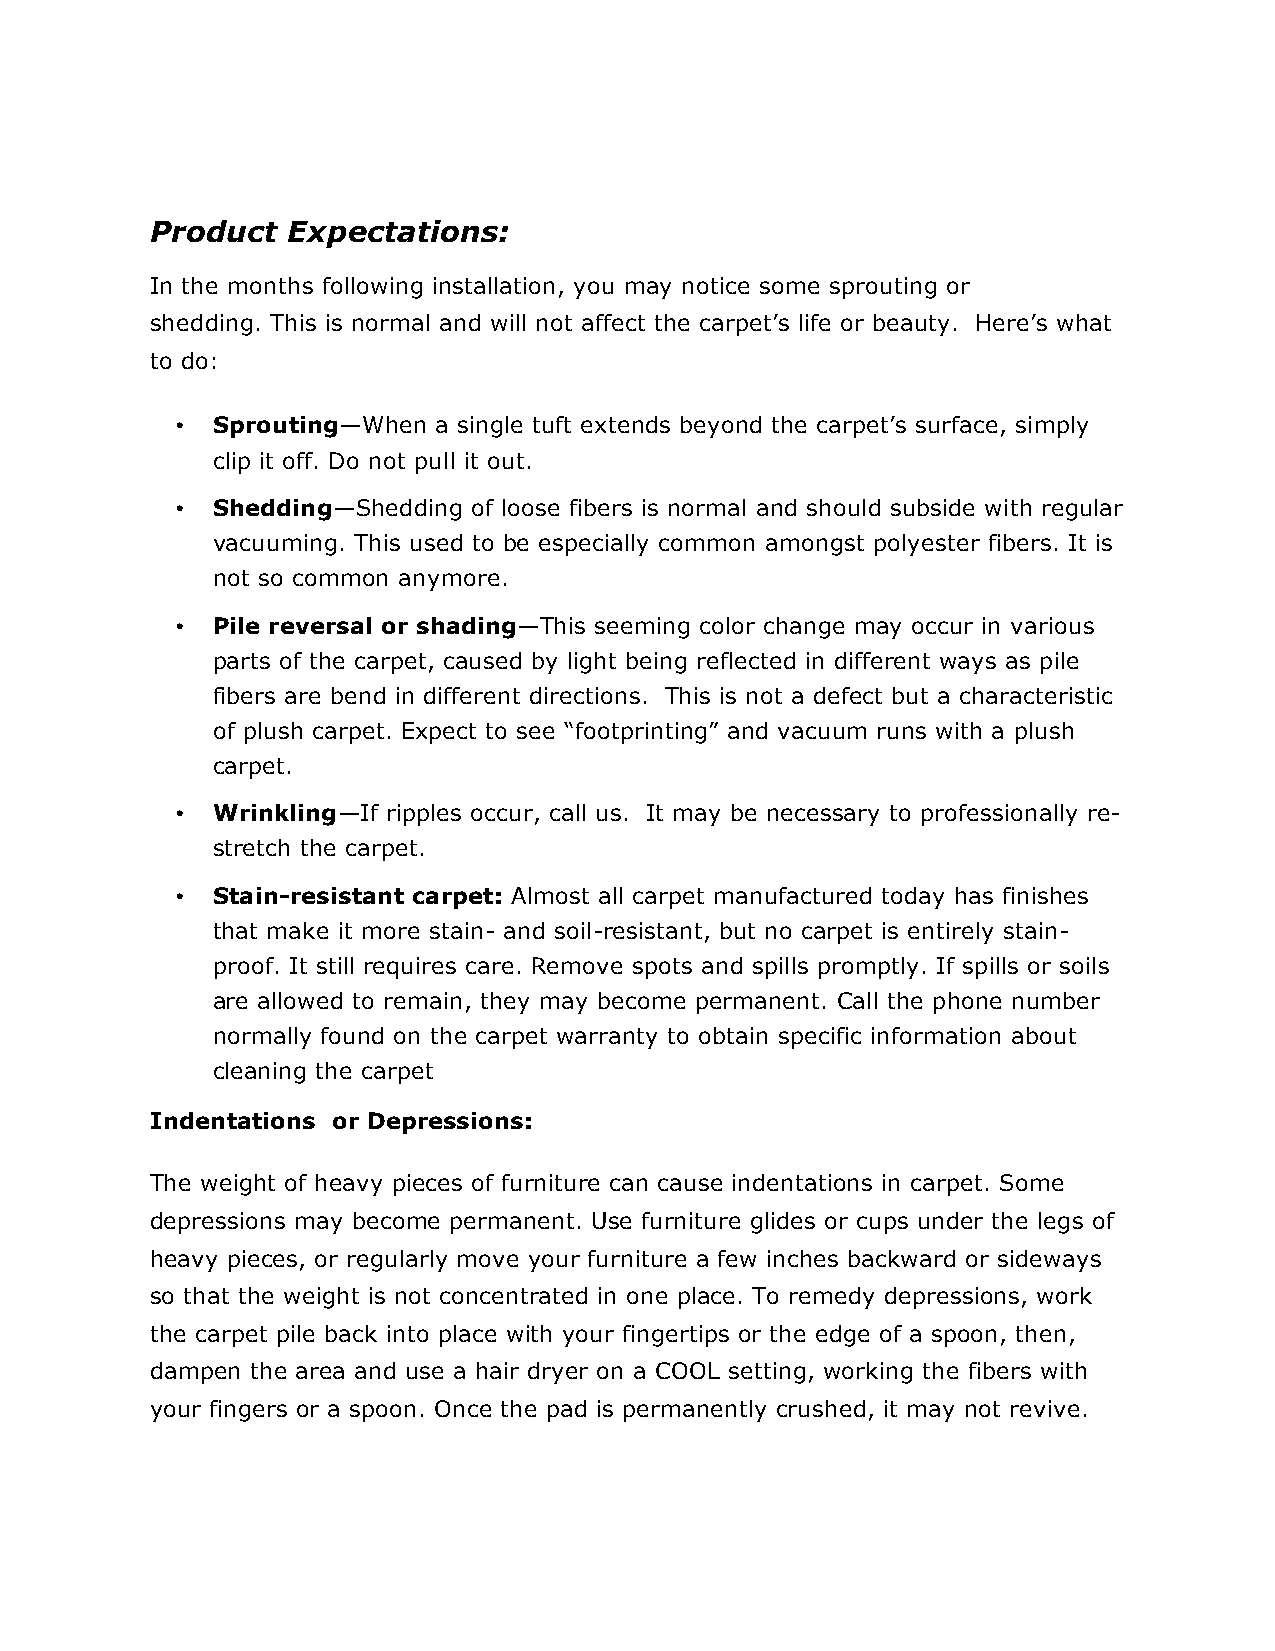
Product  Expectations:
 In the months following installation, you may notice some sprouting or
 shedding. This is normal and will not affect the carpet’s life or beauty. Here’s what
 to do:
 • Sprouting—When a single tuft extends beyond the carpet’s surface, simply
 clip it off. Do not pull it out.
 • Shedding—Shedding of loose fibers is normal and should subside with regular
 vacuuming. This used to be especially common amongst polyester fibers. It is
 not so common anymore.
 • Pile reversal or shading—This seeming color change may occur in various
 parts of the carpet, caused by light being reflected in different ways as pile
 fibers are bend in different directions. This is not a defect but a characteristic
 of plush carpet. Expect to see “footprinting” and vacuum runs with a plush
 carpet.
 • Wrinkling—If ripples occur, call us. It may be necessary to professionally re-
 stretch the carpet.
 • Stain-resistant carpet: Almost all carpet manufactured today has finishes
 that make it more stain- and soil-resistant, but no carpet is entirely stain-
 proof. It still requires care. Remove spots and spills promptly. If spills or soils
 are allowed to remain, they may become permanent. Call the phone number
 normally found on the carpet warranty to obtain specific information about
 cleaning the carpet
 Indentations or Depressions:
 The weight of heavy pieces of furniture can cause indentations in carpet. Some
 depressions may become permanent. Use furniture glides or cups under the legs of
 heavy pieces, or regularly move your furniture a few inches backward or sideways
 so that the weight is not concentrated in one place. To remedy depressions, work
 the carpet pile back into place with your fingertips or the edge of a spoon, then,
 dampen the area and use a hair dryer on a COOL setting, working the fibers with
 your fingers or a spoon. Once the pad is permanently crushed, it may not revive.